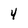
Character: 4